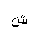
Letter: _shin